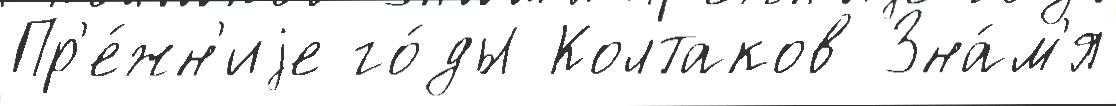
Пр'е́жн'иjе го́ды Колтаков Зна́м'я